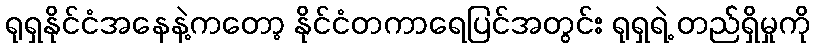
ရုရှနိုင်ငံအနေနဲ့ကတော့ နိုင်ငံတကာရေပြင်အတွင်း ရုရှရဲ့ တည််ရှိမှုကို